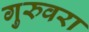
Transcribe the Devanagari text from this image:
गुरुवरा